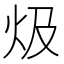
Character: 𤆣